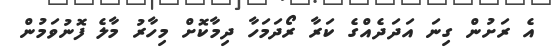
އެ ރަށުން ގިނަ އަދަދެއްގެ ކަރާ ރޯދަމަހާ ދިމާކޮށް މިހާރު މާލެ ފޮނުވަމުން